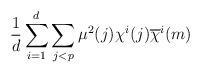
LaTeX: \begin{align*}\frac1d\sum_{i=1}^d\sum_{j<p}\mu^2(j)\chi^{i}(j)\overline{\chi}^i(m)\end{align*}